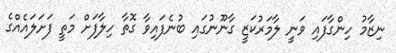
ނިޒާމު ހިންގާފައި ވަނީ ލާމަރުކަޒީ ގާނޫނުގައި ބުނެފައިވާ ގޮތާ ހިލާފަށް މަތީ ފަށަލައެއްގެ